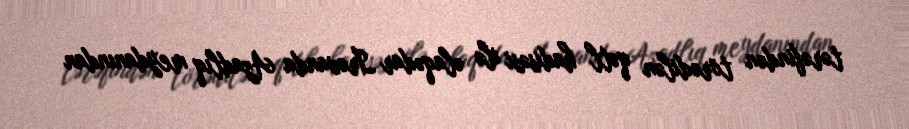
tərəfindən törədilən qətl hadisəsi ilə əlaqədar İrəvanda Azadlıq meydanından